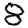
Digit: 8